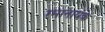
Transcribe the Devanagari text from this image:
रमानायके